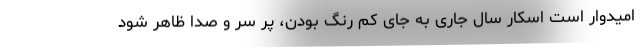
امیدوار است اسکار سال جاری به جای کم رنگ بودن، پر سر و صدا ظاهر شود